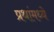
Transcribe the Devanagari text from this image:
प्रथांमध्ये